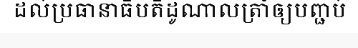
ដល់ប្រធានាធិបតីដូណាលត្រាំឲ្យបញ្ជប់